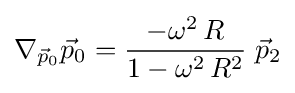
\nabla _{{\vec {p}}_{0}}{\vec {p}}_{0}={\frac {-\omega ^{2}\,R}{1-\omega ^{2}\,R^{2}}}\;{\vec {p}}_{2}